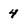
Character: 4